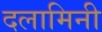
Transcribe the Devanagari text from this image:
दलामिनी